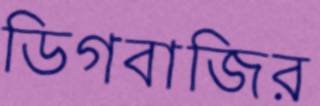
ডিগবাজির